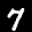
Label: 7